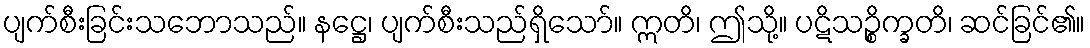
ပျက်စီးခြင်းသဘောသည်။ နဋ္ဌေ၊ ပျက်စီးသည်ရှိသော်။ ဣတိ၊ ဤသို့။ ပဋိသဉ္စိက္ခတိ၊ ဆင်ခြင်၏။